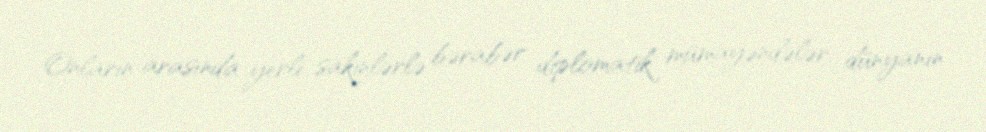
Onların arasında yerli sakinlərlə bərabər diplomatik mümayəndələr, dünyanın